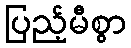
ပြည့်မီစွာ